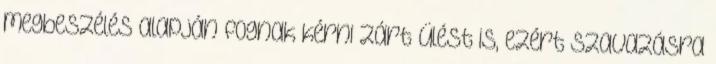
megbeszélés alapján fognak kérni zárt ülést is, ezért szavazásra